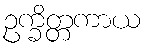
ဥက္ခိတ္တကာယ